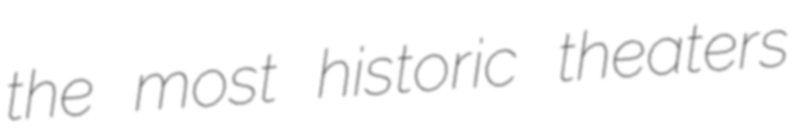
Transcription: the most historic theaters